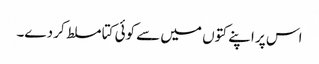
اس پر اپنے کتوں میں سے کوئی کتا مسلط کر دے۔